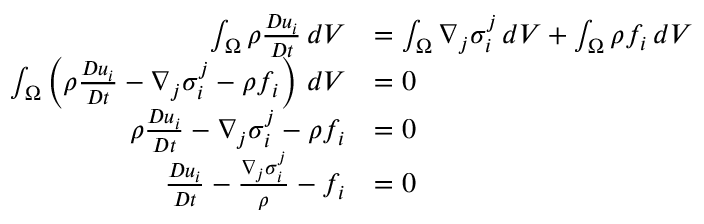
{ \begin{array} { r l } { \int _ { \Omega } \rho { \frac { D u _ { i } } { D t } } \, d V } & { = \int _ { \Omega } \nabla _ { j } \sigma _ { i } ^ { j } \, d V + \int _ { \Omega } \rho f _ { i } \, d V } \\ { \int _ { \Omega } \left( \rho { \frac { D u _ { i } } { D t } } - \nabla _ { j } \sigma _ { i } ^ { j } - \rho f _ { i } \right) \, d V } & { = 0 } \\ { \rho { \frac { D u _ { i } } { D t } } - \nabla _ { j } \sigma _ { i } ^ { j } - \rho f _ { i } } & { = 0 } \\ { { \frac { D u _ { i } } { D t } } - { \frac { \nabla _ { j } \sigma _ { i } ^ { j } } { \rho } } - f _ { i } } & { = 0 } \end{array} }